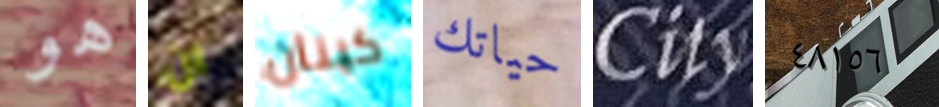
هو ان كينان حياتك City ٤٨١٥٦